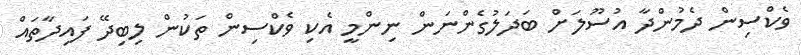
ވެކްސިން ދެމުންދާ އުސޫލަށް ބަދަލުގެންނަން ނިންމީ އެކި ވެކްސިން ތަކުން ލިބިދޭ ފައިދާތައް